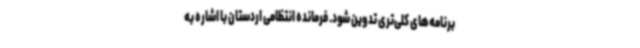
برنامه‌های کلی‌تری تدوین شود. فرمانده انتظامی اردستان با اشاره به